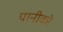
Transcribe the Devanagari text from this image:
पानीको